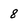
Character: 8